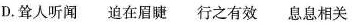
D.耸人听闻 迫在眉睫 行之有效 息息相关